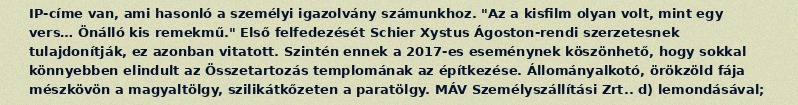
IP-címe van, ami hasonló a személyi igazolvány számunkhoz. "Az a kisfilm olyan volt, mint egy vers… Önálló kis remekmű." Első felfedezését Schier Xystus Ágoston-rendi szerzetesnek tulajdonítják, ez azonban vitatott. Szintén ennek a 2017-es eseménynek köszönhető, hogy sokkal könnyebben elindult az Összetartozás templomának az építkezése. Állományalkotó, örökzöld fája mészkövön a magyaltölgy, szilikátkőzeten a paratölgy. MÁV Személyszállítási Zrt.. d) lemondásával;